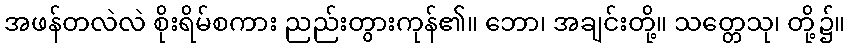
အဖန်တလဲလဲ စိုးရိမ်စကား ညည်းတွားကုန်၏။ ဘော၊ အချင်းတို့။ သတ္တေသု၊ တို့၌။